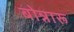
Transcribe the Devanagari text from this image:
बोन्नारू